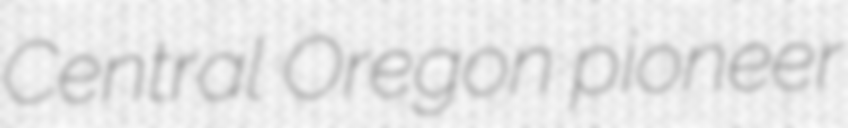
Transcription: Central Oregon pioneer